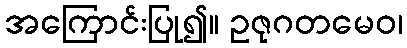
အကြောင်းပြု၍။ ဥဇုဂတမေဝ၊